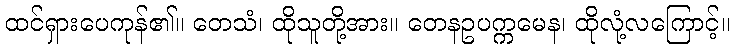
ထင်ရှားပေကုန်၏။ တေသံ၊ ထိုသူတို့အား။ တေနဥပက္ကမေန၊ ထိုလုံ့လကြောင့်။